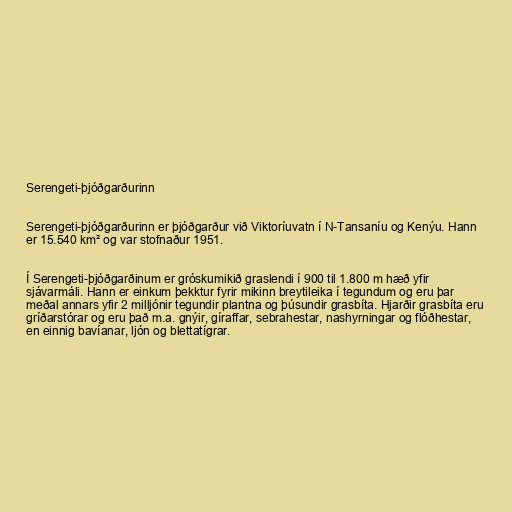
Serengeti-þjóðgarðurinn

Serengeti-þjóðgarðurinn er þjóðgarður við Viktoríuvatn í N-Tansaníu og Kenýu. Hann
er 15.540 km² og var stofnaður 1951.

Í Serengeti-þjóðgarðinum er gróskumikið graslendi í 900 til 1.800 m hæð yfir
sjávarmáli. Hann er einkum þekktur fyrir mikinn breytileika í tegundum og eru þar
meðal annars yfir 2 milljónir tegundir plantna og þúsundir grasbíta. Hjarðir grasbíta eru
gríðarstórar og eru það m.a. gnýir, gíraffar, sebrahestar, nashyrningar og flóðhestar,
en einnig bavíanar, ljón og blettatígrar.